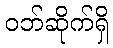
ဝဘ်ဆိုက်ရှိ